Medical and sanitary report on the native army of Bombay for the year
Year: 1879
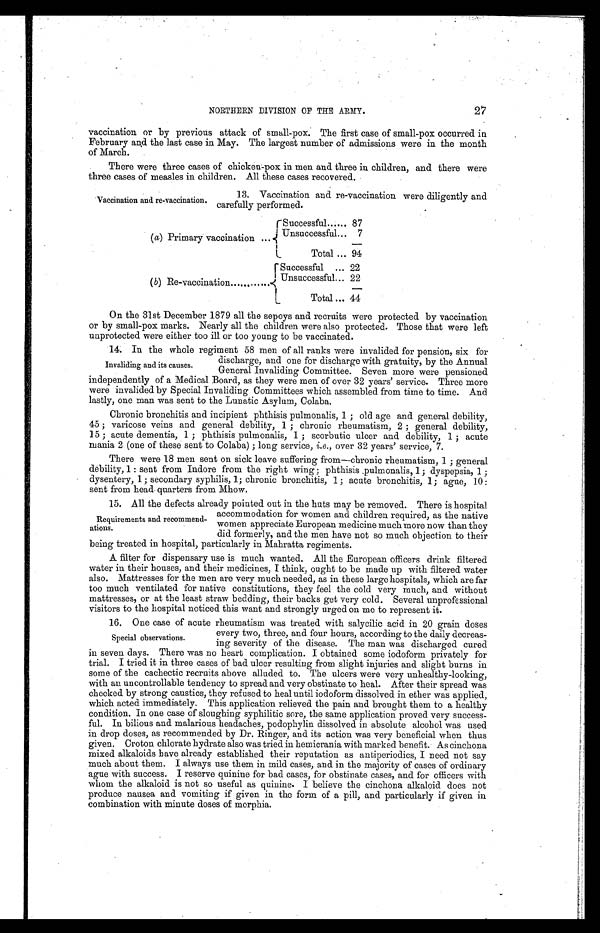
NORTHERN DIVISION OF THE ARMY.
27
vaccination or by previous attack of small-pox. The first case of small-pox occurred in
February and the last case in May. The largest number of admissions were in the month
of March.
There were three cases of chicken-pox in men and three in children, and there were
three cases of measles in children. All these cases recovered.
13. Vaccination and re-vaccination were diligently and
carefully performed.
( a) Primary vaccination
Successful
87
Unsucces sful
7
Total
94
(b) Re-vaccination
Successful
22
Unsuccessful
22
T o t a l
44
On the 31st December 1879 all the sepoys and recruits were protected by vaccination
or by small-pox marks. Nearly all the children were also protected. Those that were left
unprotected were either too ill or too young to be vaccinated.
14. In the whole regiment 58 men of all ranks were invalided for pension, six for
discharge, and one for discharge with gratuity, by the Annual
General Invaliding Committee. Seven more were pensioned
independently of a Medical Board, as they were men of over 32 years' service. Three more
were invalided by Special Invaliding Committees which assembled from time to time. And
lastly, one man was sent to the Lunatic Asylum, Colaba.
Chronic bronchitis and incipient phthisis pulmonalis, 1; old age and general debility,
45; varicose veins and general debility, 1; chronic rheumatism, 2; general debility,
15; acute dementia, 1; phthisis pulmonalis, 1; scorbutic ulcer and debility, 1; acute
mania 2 (one of these sent to Colaba) ; long service, i.e. , over 32 years' service, 7.
There were 18 men sent on sick leave suffering from—chronic rheumatism, 1; general
debility, 1: sent from Indore from the right wing; phthisis pulmonalis, 1; dyspepsia, 1;
dysentery, 1; secondary syphilis, 1; chronic bronchitis, 1; acute bronchitis, 1; ague, 10:
sent from head- quarters from Mhow.
15. All the defects already pointed out in the huts may be removed. There is hospital
accommodation for women and children required, as the native
women appreciate European medicine much more now than they
did formerly, and the men have not so much objection to their
being treated in hospital, particularly in Mahratta regiments.
A filter for dispensary use is much wanted. All the European officers drink filtered
water in their houses, and their medicines, I think, ought to be made up with filtered water
also. Mattresses for the men are very much needed, as in these large hospitals, which are far
too much ventilated for native constitutions, they feel the cold very much, and without
mattresses, or at the least straw bedding, their backs get very cold. Several unprofessional
visitors to the hospital noticed this want and strongly urged on me to represent it.
16. One case of acute rheumatism was treated with salycilic acid in 20 grain doses
every two, three, and four hours, according to the daily decreas-
ing severity of the disease. The man was discharged cured
in seven days. There was no heart complication. I obtained some iodoform privately for
trial. I tried it in three cases of bad ulcer resulting from slight injuries and slight burns in
some of the cachectic recruits above alluded to. The ulcers were very unhealthy-looking,
with an uncontrollable tendency to spread and very obstinate to heal. After their spread was
checked by strong caustics, they refused to heal until iodoform dissolved in ether was applied,
which acted immediately. This application relieved the pain and brought them to a healthy
condition. In one case of sloughing syphilitic sore, the same application proved very success-
ful. In bilious and malarious headaches, podophylin dissolved in absolute alcohol was used
in drop doses, as recommended by Dr. Ringer, and its action was very beneficial when thus
given. Croton chlorate hydrate also was tried in hemicrania with marked benefit. As cinchona
mixed alkaloids have already established their reputation as antiperiodics, I need not say
much about them. I always use them in mild cases, and in the majority of cases of ordinary
ague with success. I reserve quinine for bad cases, for obstinate cases, and for officers with
whom the alkaloid is not so useful as quinine. I believe the cinchona alkaloid does not
produce nausea and vomiting if given in the form of a pill, and particularly if given in
combination with minute doses of morphia.
Vaccination and re-vaccination.
Invaliding and its causes.
Requirements and recommend-
ations.
Special Observations.